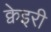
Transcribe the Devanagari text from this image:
क्वेइरी